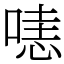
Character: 𠹤